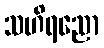
သဟိရညော